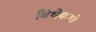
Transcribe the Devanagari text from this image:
विधेयको